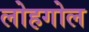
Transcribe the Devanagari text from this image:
लोहगोल